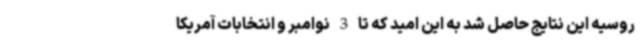
روسیه این نتایج حاصل شد به این امید که تا 3 نوامبر و انتخابات آمریکا